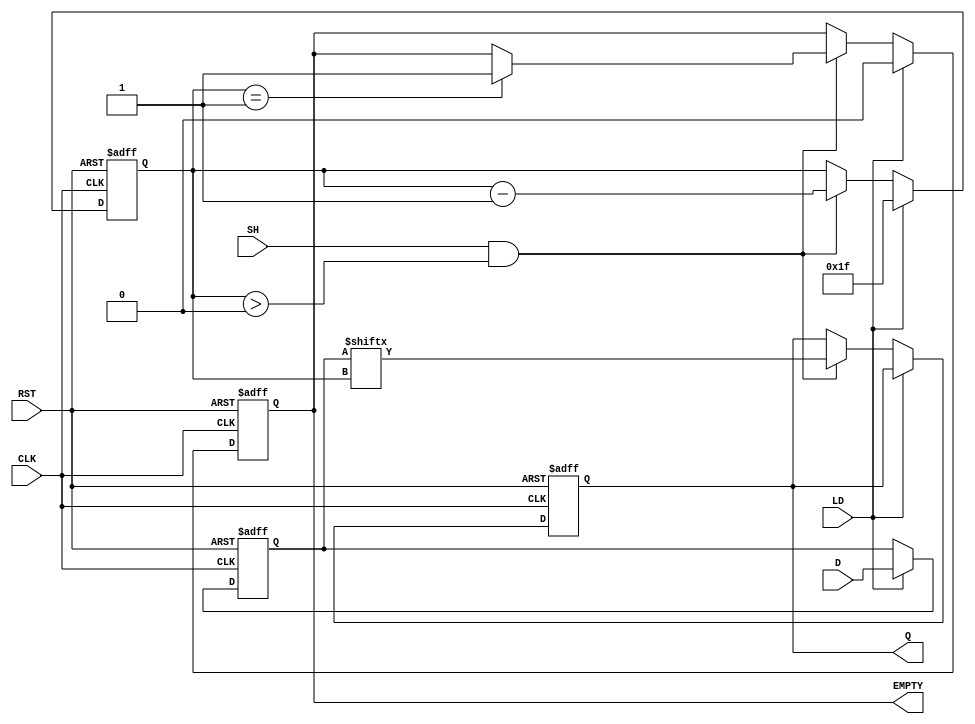
module PISO_Register (
    input wire [31:0] D,      // Parallel data input
    input wire LD,            // Load control signal
    input wire SH,            // Shift control signal
    input wire CLK,           // Clock signal
    input wire RST,           // Asynchronous reset
    output reg Q,             // Serial output
    output reg EMPTY          // Empty signal
);

    reg [31:0] REG;           // Storage register for parallel data
    reg [4:0] counter;        // Counter to track the bit being shifted out

    // Asynchronous reset
    always @(posedge CLK or posedge RST) begin
        if (RST) begin
            REG <= 32'b0;     // Clear the register
            Q <= 1'b0;        // Clear the output
            counter <= 5'd0;  // Reset the counter
            EMPTY <= 1'b1;    // Register is empty
        end else begin
            if (LD) begin
                REG <= D;      // Load parallel data into the register
                counter <= 5'd31; // Set counter to point to MSB
                EMPTY <= 1'b0; // Register is not empty after loading
            end else if (SH && counter > 0) begin
                Q <= REG[counter]; // Shift out the current bit
                counter <= counter - 1; // Decrement the counter
                if (counter == 1) begin
                    EMPTY <= 1'b1; // Set EMPTY signal when all bits are shifted out
                end
            end
        end
    end

endmodule